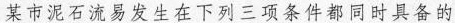
某市泥石流易发生在下列三项条件都同时具备的